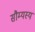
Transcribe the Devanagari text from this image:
सौम्यस्य